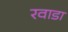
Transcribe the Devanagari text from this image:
रवाडा